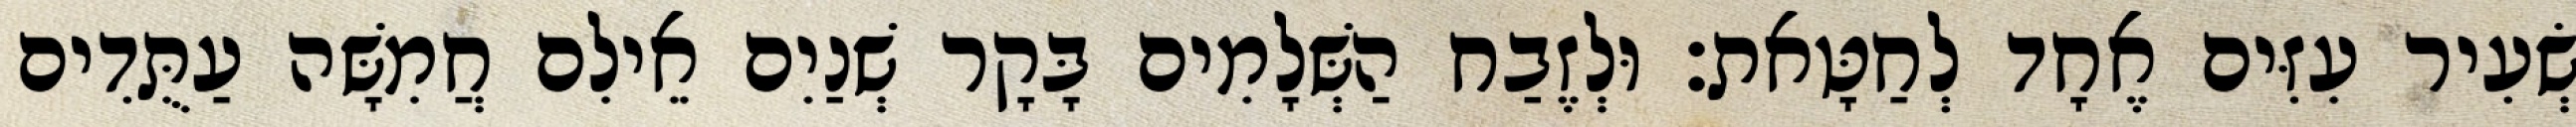
שְׂעִיר עִזִּים אֶחָד לְחַטָּאת׃ וּלְזֶבַח הַשְּׁלָמִים בָּקָר שְׁנַיִם אֵילִם חֲמִשָּׁה עַתֻּדִים